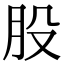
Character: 股